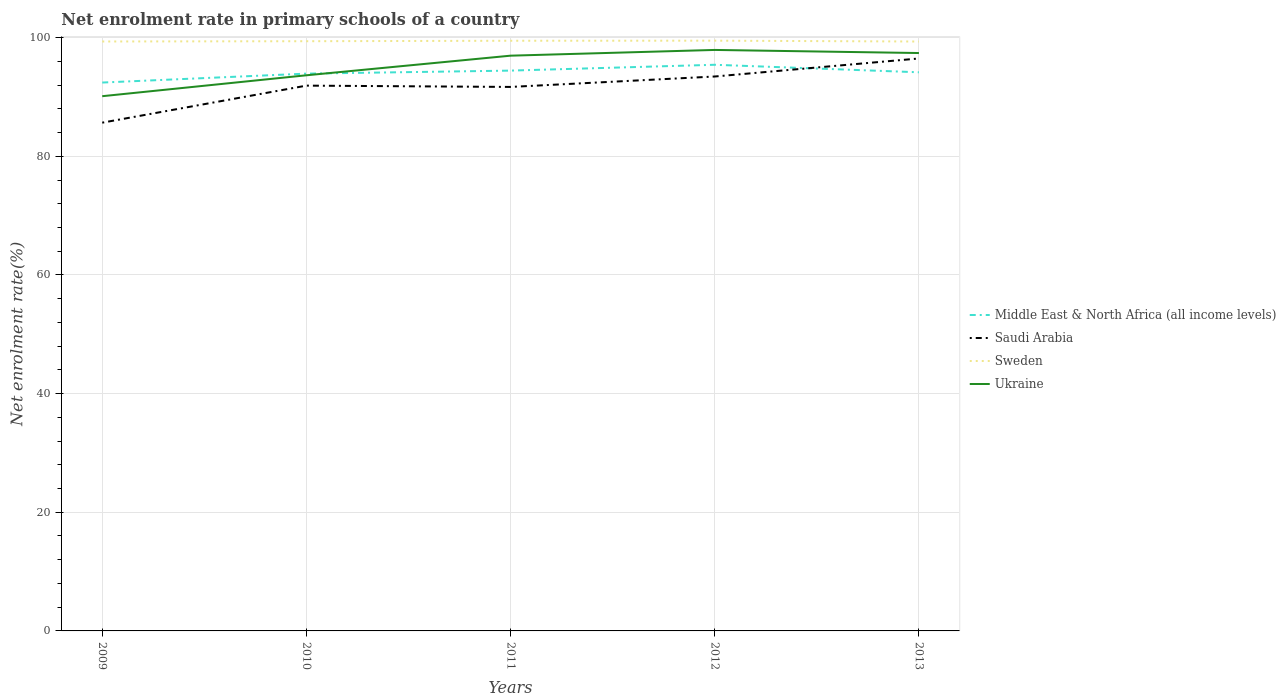
| Years | Middle East & North Africa (all income levels) | Saudi Arabia | Sweden | Ukraine |
 | --- | --- | --- | --- | --- |
 | 2009 | 92.4 | 85.7 | 99.3 | 90.1 |
 | 2010 | 93.9 | 91.9 | 99.4 | 93.7 |
 | 2011 | 94.4 | 91.7 | 99.5 | 97 |
 | 2012 | 95.4 | 93.4 | 99.5 | 97.9 |
 | 2013 | 94.2 | 96.5 | 99.3 | 97.4 |